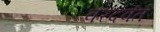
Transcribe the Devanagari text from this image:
वरदवंत